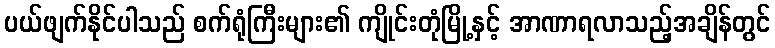
ပယ်ဖျက်နိုင်ပါသည် စက်ရုံကြီးများ၏ ကျိုင်းတုံမြို့နှင့် အာဏာရလာသည့်အချိန်တွင်